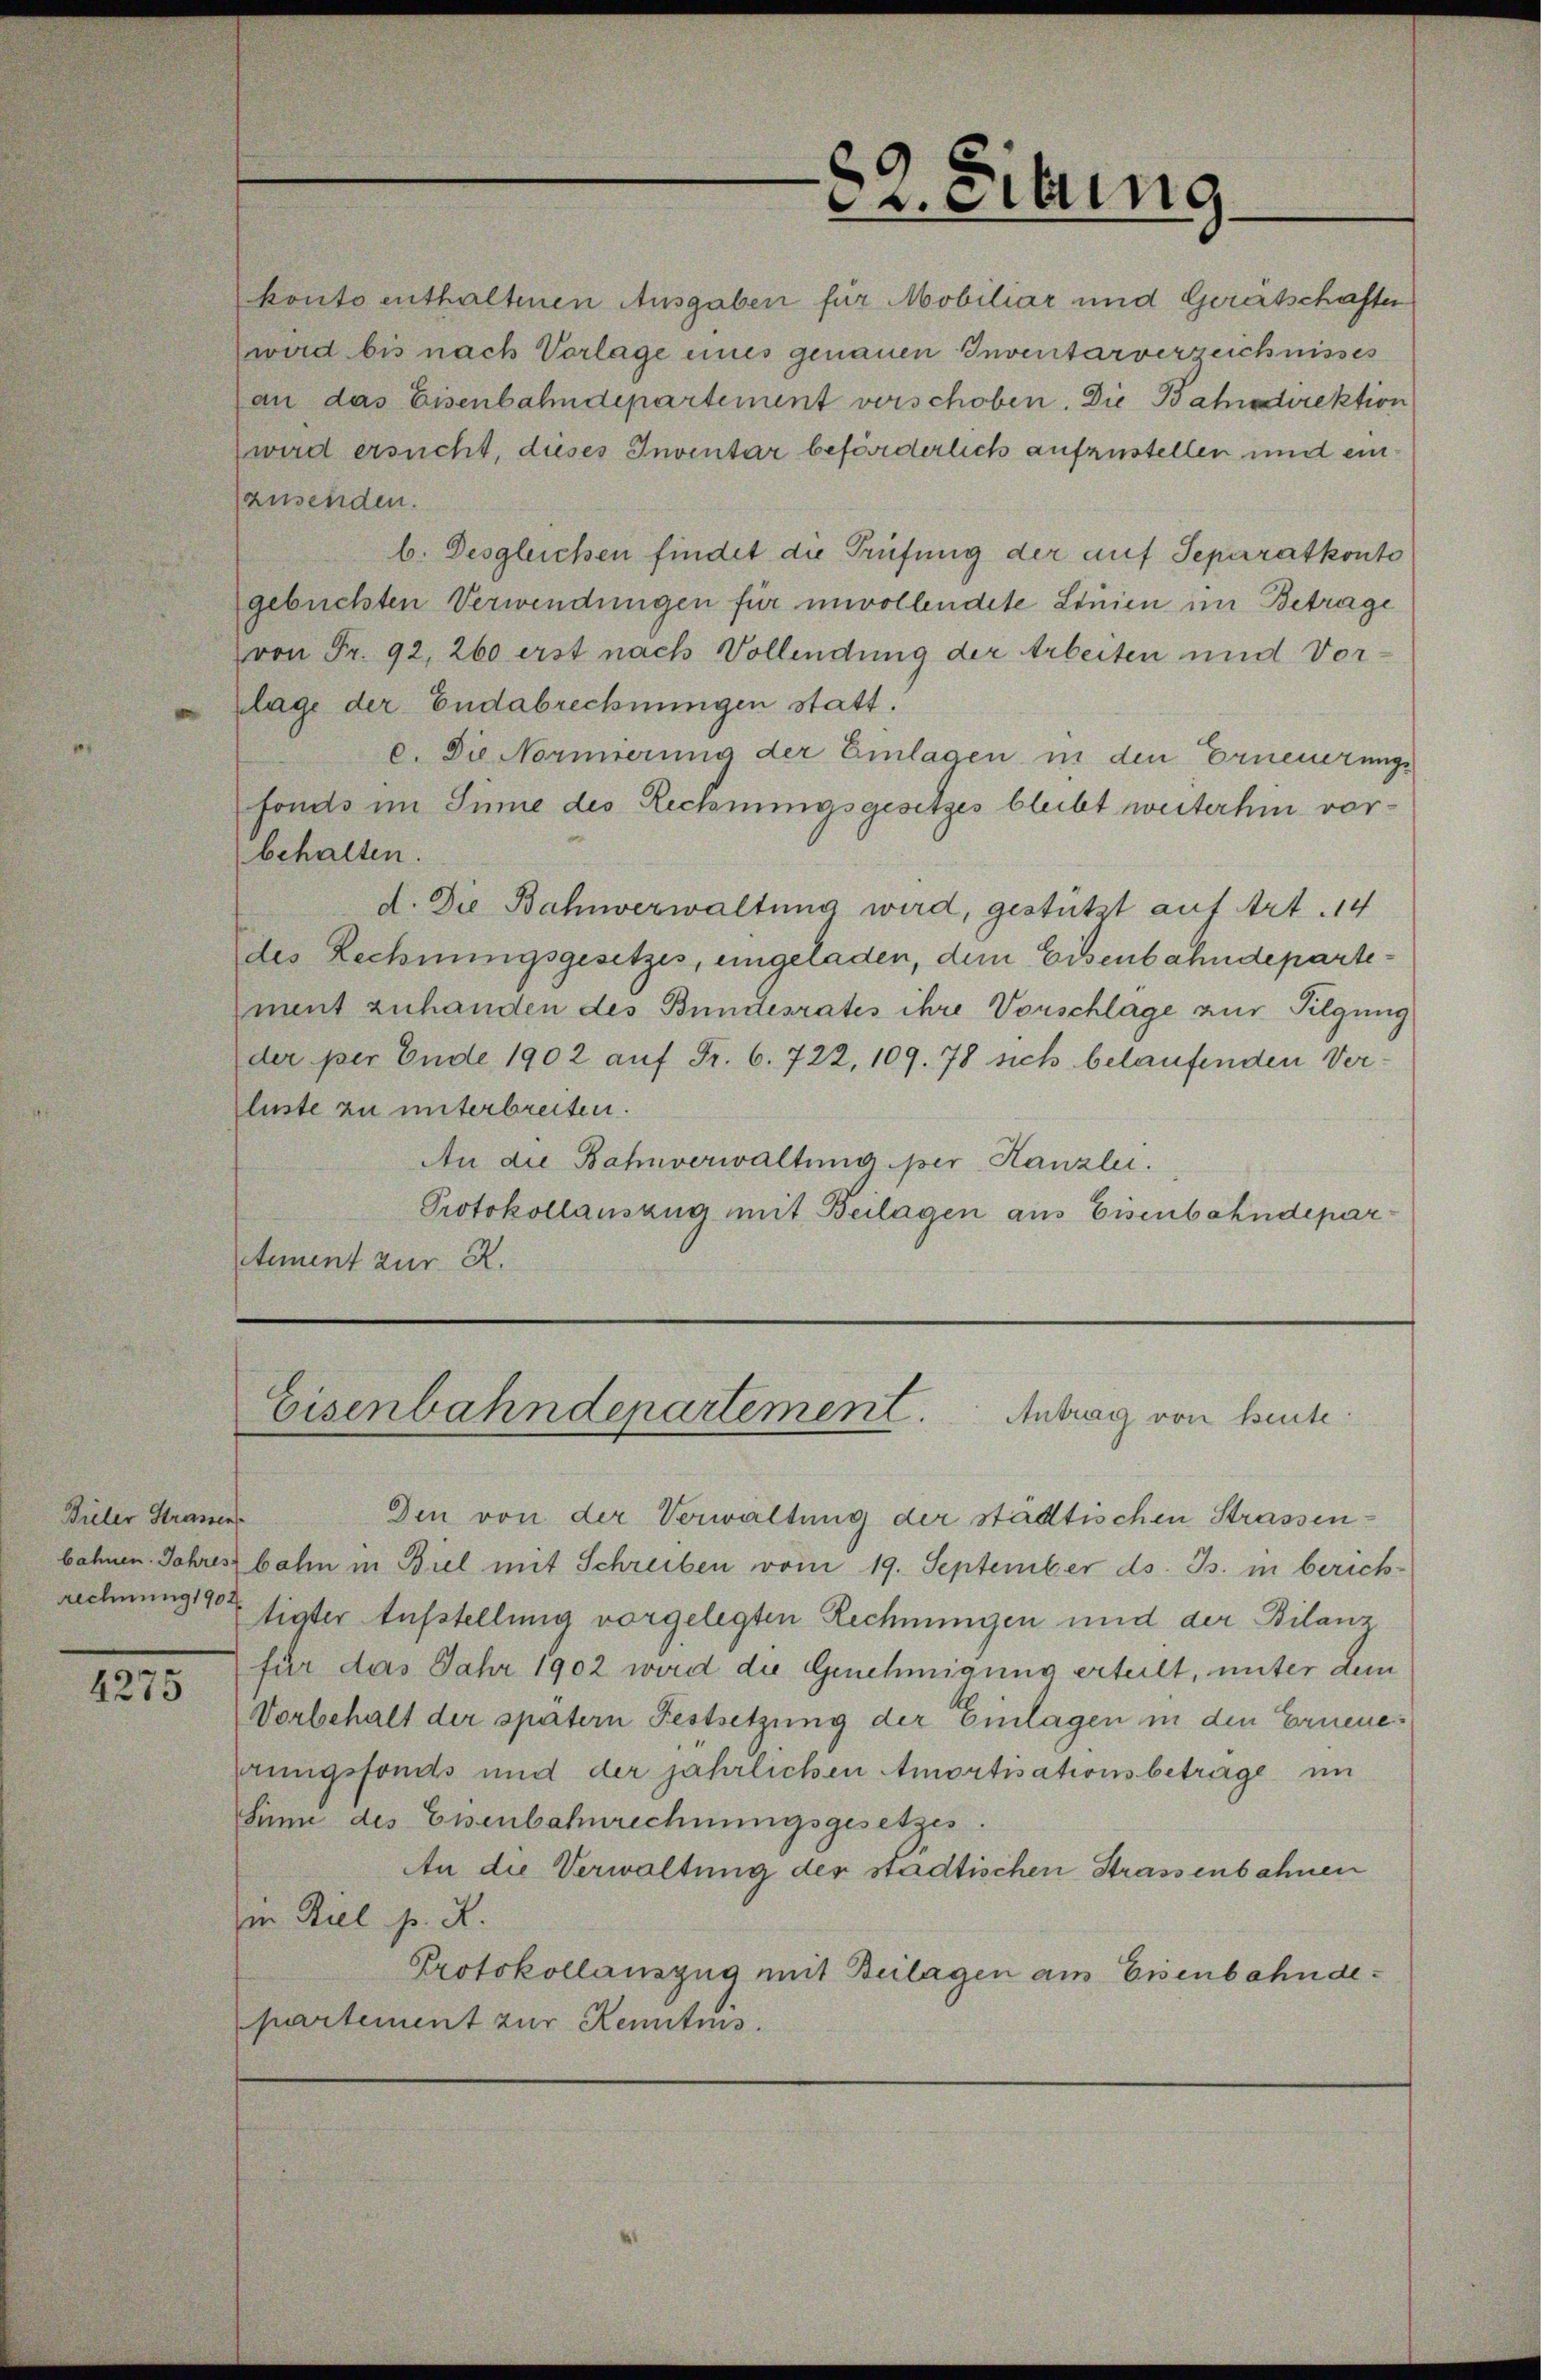
Bieler Strassen.
rechnung 1904

4275

wird ersucht, dieses Inventar beförderlich aufzustellen und einausenden.
b. Desgleichen findet die Prüfung der auf Separatkonto
gebuchten Verwendungen für unvollendete Linien im Betrage
von Fr. 92, 260 erst nach Vollendung der Arbeiten und Vor-
lage der Endabrechnungen statt.
c. Die Normierung der Einlagen in den Erneuerungsfonds im Sinne des Rechnungsgesetzes bleibt weiterhin vorbehalten.
d. Die Bahnverwaltung wird, gestützt auf Art. 14
des Rechnungsgesetzes, eingeladen, dem Eisenbahndepartement zuhanden des Bundesrates ihre Vorschlage aus Tilgung
der per Ende 1902 auf Fr. 6. 722, 109. 78 sich belaufenden Verluste zu unterbreiten.
An die Bahnverwaltung per Kanzlei.
Protokollauszug mit Beilagen aus Eisenbahndeparctement zur R.

Den von der Verwaltung der städtischen Strassenbahnen. Jahresbahn in Biel mit Schreiben vom 19. September ds. Js. in berich-
tigter Aufstellung vorgelegten Rechnungen und der Bilanzfür das Jahr 1902 wird die Genehmigung erteilt, unter dem
Vorbehalt der spätern Festsetzung der Einlagen in den Ernenerungsfonds und der jährlichen Amortisationsbetrage im
Sinne des Eisenbahnrechnungsgesetzes.
An die Verwaltung der städtischen Strassenbahnen
in Biel s. R.
Protokollauszug mit Beilagen am Eisenbahndepartement zur Kenntnis.

82. Eitung.

konto enthaltenen Ausgaben für Mobiliar und Gerätschafter
wird bis nach Vorlage eines genauen Inventarverzeichnisses
an das Eisenbahndepartement vorschoben. Die Bahndirektion

Eisenbahndepartement. Antrag von heute.